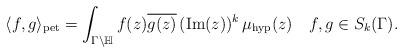
LaTeX: \begin{align*} \langle f, g \rangle_{\mathrm{pet}}= \int_{\Gamma\backslash\mathbb{H}} f(z) \overline{g(z)}\, (\mathrm{Im}(z))^{k}\, \mu_{\mathrm{hyp}}(z)\,\ \,\ f, g\in S_{k}(\Gamma).\end{align*}